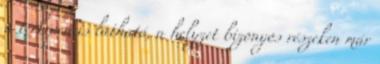
a térképen is látható, a helyzet bizonyos részeken már